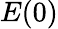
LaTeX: E(0)